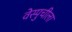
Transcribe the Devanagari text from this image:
वेस्पुचीला